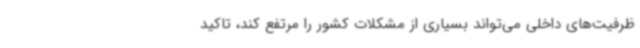
ظرفیت‌های داخلی می‌تواند بسیاری از مشکلات کشور را مرتفع کند، تاکید